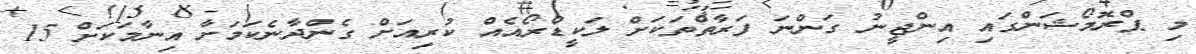
މި ޕްރޮމޯޝަންގައި އިންޖީނު ގަންނަ ފަރާތްތަކަށް ލަކީޑްރޯއެއް ކުރިއަށް ގެންދާނެކަމަށާ އިނާމަކަށް 15